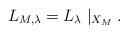
LaTeX: \begin{align*}L_{M,\lambda}=L_{\lambda}\mid_{X_{M}}. \end{align*}